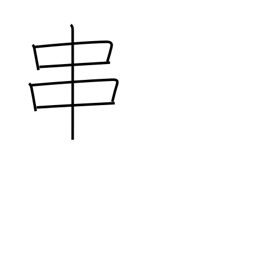
Meaning: spit